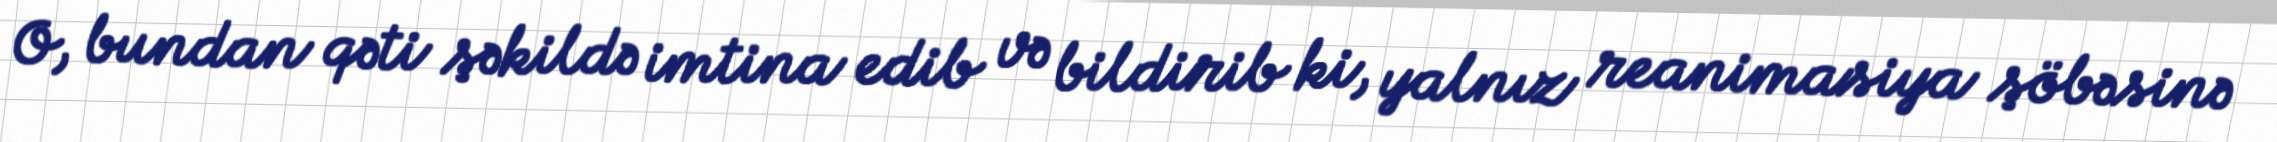
O, bundan qəti şəkildə imtina edib və bildirib ki, yalnız reanimasiya şöbəsinə